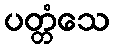
ပတ္တံသေ